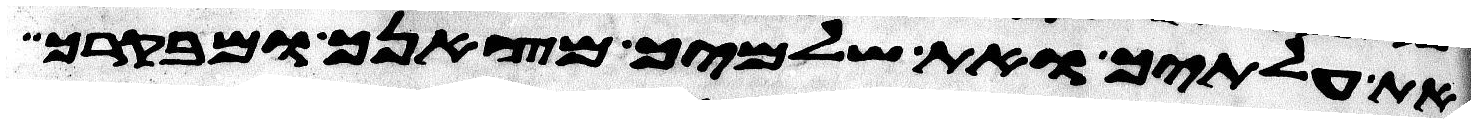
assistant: את עלתיך ואת שלמיך מצאנך ומבקרך